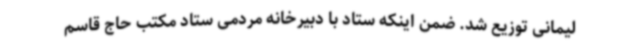
لیمانی توزیع شد. ضمن اینکه ستاد با دبیرخانه مردمی ستاد مکتب حاج قاسم